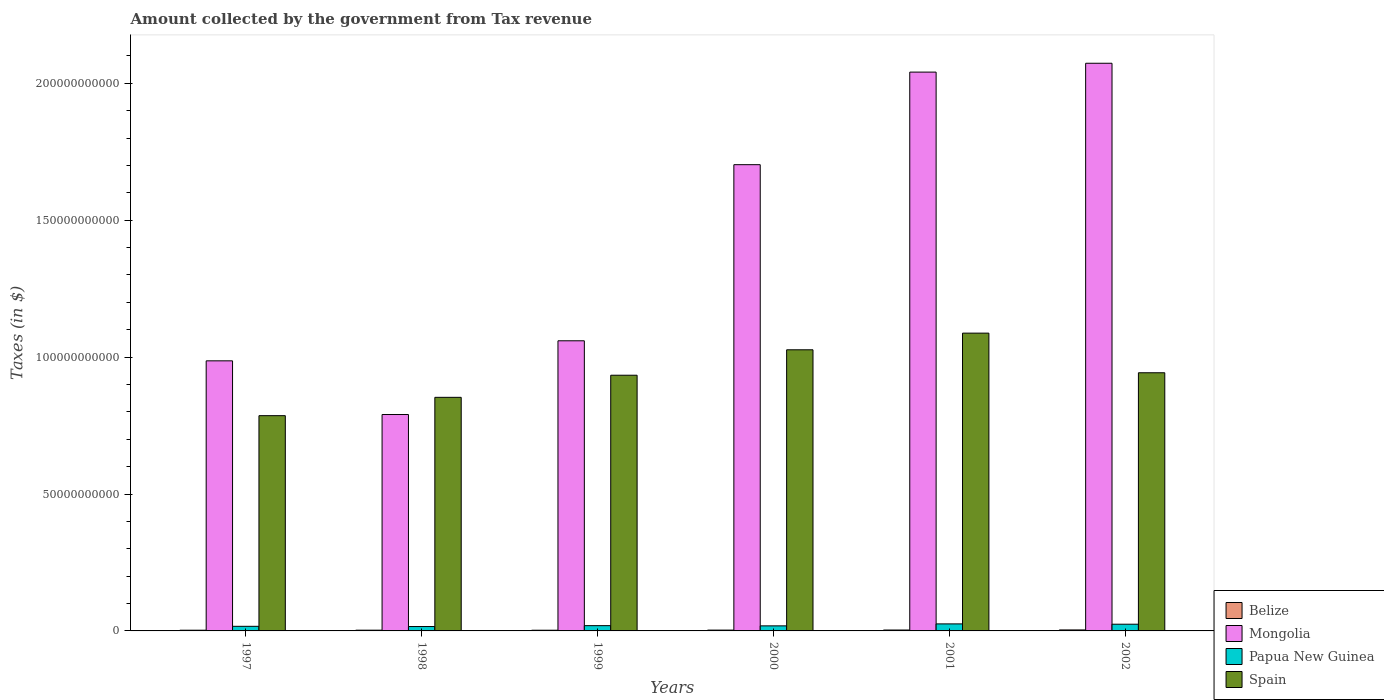
| Years | Belize | Mongolia | Papua New Guinea | Spain |
 | --- | --- | --- | --- | --- |
 | 1997 | 2.57e+08 | 9.86e+10 | 1.68e+09 | 7.86e+10 |
 | 1998 | 2.71e+08 | 7.9e+10 | 1.6e+09 | 8.53e+10 |
 | 1999 | 2.55e+08 | 1.06e+11 | 1.92e+09 | 9.34e+10 |
 | 2000 | 2.97e+08 | 1.7e+11 | 1.85e+09 | 1.03e+11 |
 | 2001 | 3.26e+08 | 2.04e+11 | 2.57e+09 | 1.09e+11 |
 | 2002 | 3.6e+08 | 2.07e+11 | 2.45e+09 | 9.43e+10 |